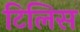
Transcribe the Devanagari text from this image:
टिलिस